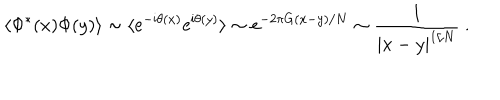
\langle \Phi ^ { * } ( x ) \Phi ( y ) \rangle \sim \langle \mathrm { e } ^ { - \mathrm { i } \theta ( x ) } \mathrm { e } ^ { \mathrm { i } \theta ( y ) } \rangle \sim \mathrm { e } ^ { - 2 \pi G ( x - y ) / N } \sim \frac { 1 } { | x - y | ^ { 1 / N } } \ .